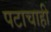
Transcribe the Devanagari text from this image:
पटाचाही